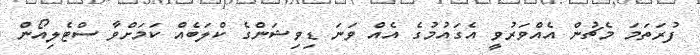
ފުރަތަމަ މެޗުން އެއްވަރުވީ އެގައުމުގެ އެއް ވަނަ ޑިވިޝަންގެ ކްލަބެއް ކަމަށްވާ ސްޓެލިއޯން